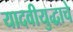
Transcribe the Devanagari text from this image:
यादवीयुद्धाचे